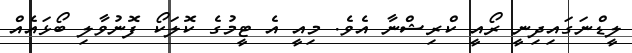
ލީޑްނަގައިދިނީ ރޯއީ ކްރިޝްނާ އެވެ. މިއީ އެ ޓީމުގެ ކޮލަކޯ ފޮނުވާލި ބޯޅައެއް